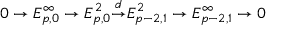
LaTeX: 0 \to E _ { p , 0 } ^ { \infty } \to E _ { p , 0 } ^ { 2 } { \overset { d } { \to } } E _ { p - 2 , 1 } ^ { 2 } \to E _ { p - 2 , 1 } ^ { \infty } \to 0